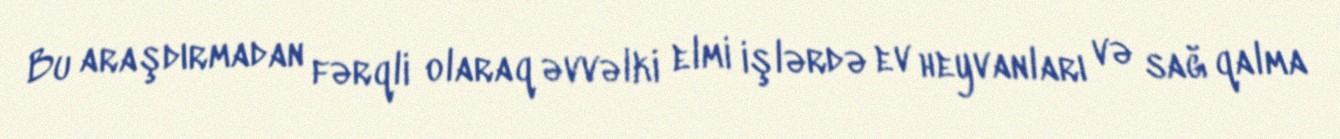
Bu araşdırmadan fərqli olaraq əvvəlki elmi işlərdə ev heyvanları və sağ qalma